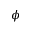
\phi